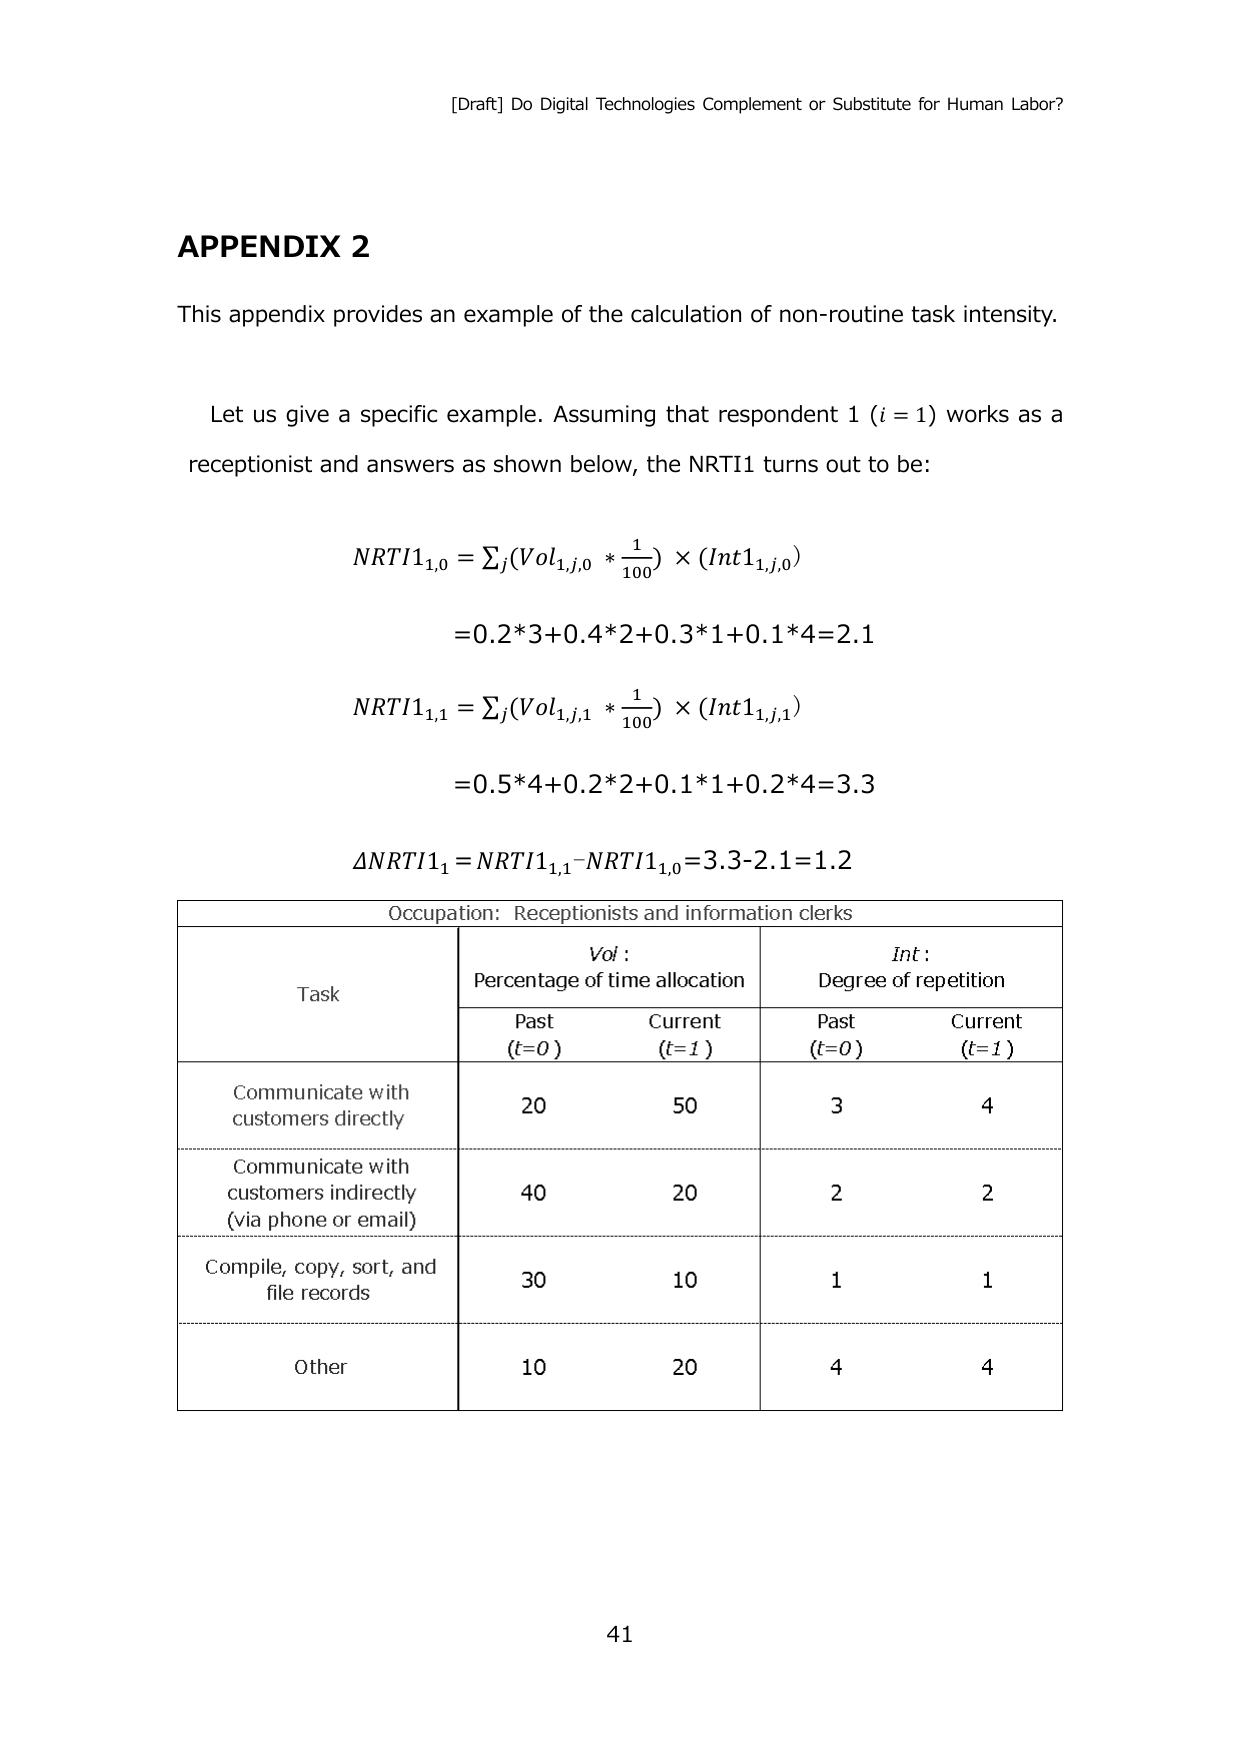
[Draft] Do Digital Technologies Complement or Substitute for Human Labor?

APPENDIX 2

This appendix provides an example of the calculation of non-routine task intensity.

Let us give a specific example. Assuming that respondent 1 (i = 1) works as a receptionist and answers as shown below, the NRTI1 turns out to be:

NRTI1,0 = Σj(Vol1,j,0 * 1/100) × (Int1,1,j,0)
= 0.2*3 + 0.4*2 + 0.3*1 + 0.1*4 = 2.1

NRTI1,1 = Σj(Vol1,j,1 * 1/100) × (Int1,1,j,1)
= 0.5*4 + 0.2*2 + 0.1*1 + 0.2*4 = 3.3

ΔNRTI1,1 = NRTI1,1 - NRTI1,0 = 3.3 - 2.1 = 1.2

Occupation: Receptionists and information clerks

Task | Vol: Percentage of time allocation | Int: Degree of repetition
-----|----------------------------------|----------------------------
     | Past (t=0) | Current (t=1) | Past (t=0) | Current (t=1)
Communicate with customers directly | 20 | 50 | 3 | 4
Communicate with customers indirectly (via phone or email) | 40 | 20 | 2 | 2
Compile, copy, sort, and file records | 30 | 10 | 1 | 1
Other | 10 | 20 | 4 | 4

41